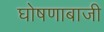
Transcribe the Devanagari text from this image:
घोषणाबाजी